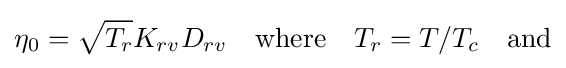
\eta _{0}={\sqrt {T_{r}}}K_{rv}D_{rv}\quad {\text{where}}\quad T_{r}=T/T_{c}\quad {\text{and}}